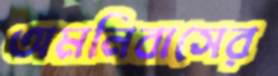
অমনিবাসের